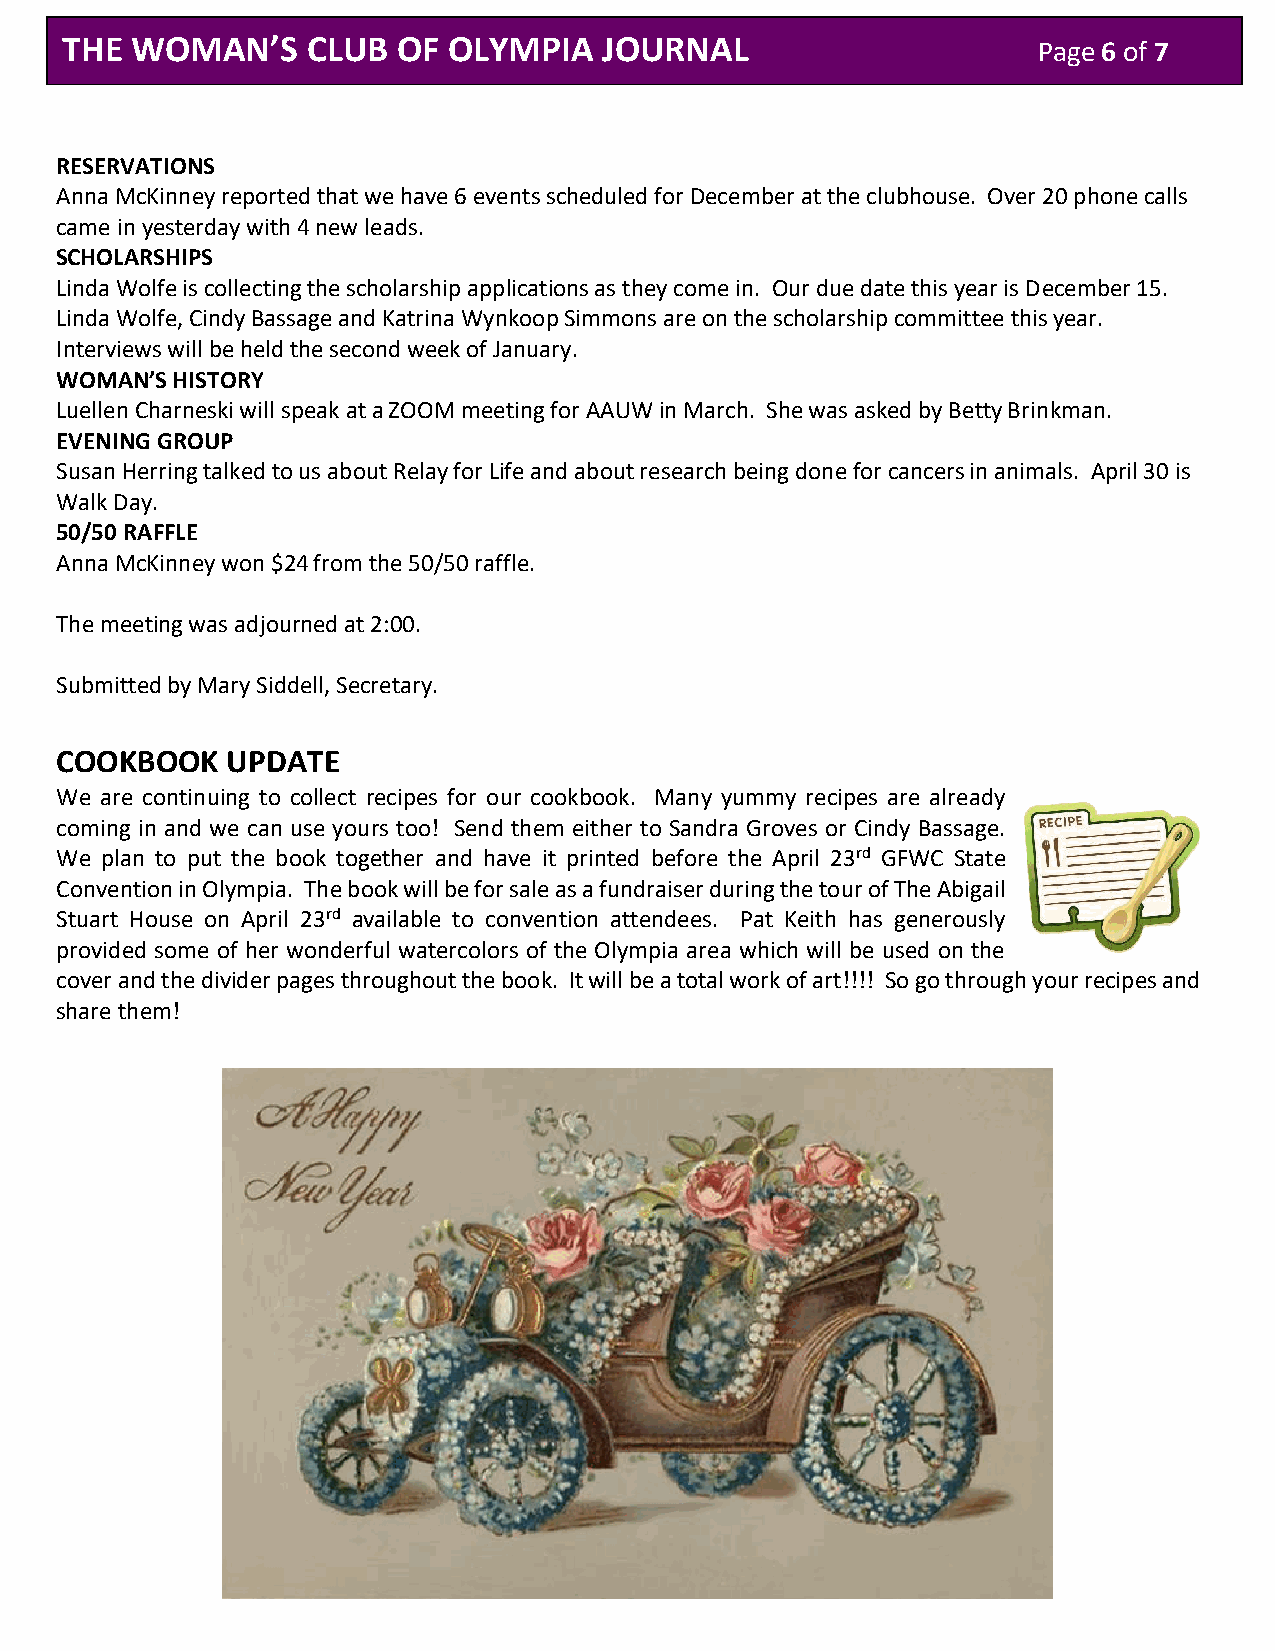
THE  WOMAN’S    CLUB  OF  OLYMPIA   JOURNAL                      Page 6 of 7
 RESERVATIONS
 Anna McKinney reported that we have 6 events scheduled for December at the clubhouse. Over 20 phone calls
 came in yesterday with 4 new leads.
 SCHOLARSHIPS
 Linda Wolfe is collecting the scholarship applications as they come in. Our due date this year is December 15.
 Linda Wolfe, Cindy Bassage and Katrina Wynkoop Simmons are on the scholarship committee this year.
 Interviews will be held the second week of January.
 WOMAN’S HISTORY
 Luellen Charneski will speak at a ZOOM meeting for AAUW in March. She was asked by Betty Brinkman.
 EVENING GROUP
 Susan Herring talked to us about Relay for Life and about research being done for cancers in animals. April 30 is
 Walk Day.
 50/50 RAFFLE
 Anna McKinney won $24 from the 50/50 raffle.
 The meeting was adjourned at 2:00.
 Submitted by Mary Siddell, Secretary.
 COOKBOOK   UPDATE
 We are continuing to collect recipes for our cookbook. Many yummy recipes are already
 coming in and we can use yours too! Send them either to Sandra Groves or Cindy Bassage.
 We plan to put the book together and have it printed before the April 23rd GFWC State
 Convention in Olympia. The book will be for sale as a fundraiser during the tour of The Abigail
 Stuart House on April 23rd available to convention attendees. Pat Keith has generously
 provided some of her wonderful watercolors of the Olympia area which will be used on the
 cover and the divider pages throughout the book. It will be a total work of art!!!! So go through your recipes and
 share them!